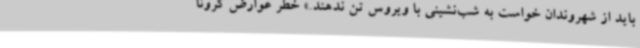
باید از شهروندان خواست به شب‌نشینی با ویروس تن ندهند.» خطر عوارض کرونا